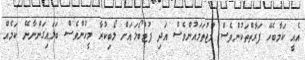
އެއީ ކަމާބެހޭ ފަރާތްތަކުންވެސް މުޖުތަމައުންވެސް އަދި ފުޓްބޯޅައަށް ލޯބިކުރާ މީހުންވެސް ބަލައިގަންނާނޭ ކަމެއް